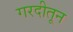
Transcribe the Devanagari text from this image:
गरदीतून